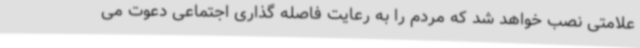
علامتی نصب خواهد شد که مردم را به رعایت فاصله گذاری اجتماعی دعوت می